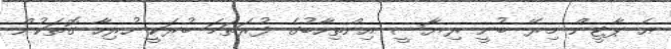
އެ ޕާޓީން މިރޭ ބުނީ ރިޔާސީ އިންތިހާބުގެ ފުރަތަމަ ބުރަކީ ހުރިހާ ގޮތަކުން